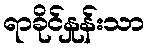
ရာခိုင်နှုန်းသာ